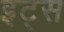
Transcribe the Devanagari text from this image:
इट्‍स